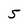
Character: 5